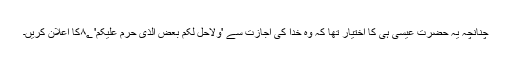
چنانچہ یہ حضرت عیسیٰ ہی کا اختیار تھا کہ وہ خدا کی اجازت سے 'وَلِاُحِلَّ لَکُمْ بَعْضَ الَّذِیْ حُرِّمَ عَلَیْْکُمْ' ۸؂کا اعلان کریں۔